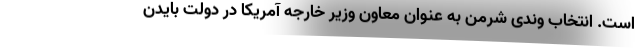
است. انتخاب وندی شرمن به عنوان معاون وزیر خارجه آمریکا در دولت بایدن